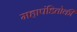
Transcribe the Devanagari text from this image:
महापंडितोकी